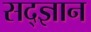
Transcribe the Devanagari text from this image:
सद्ज्ञान